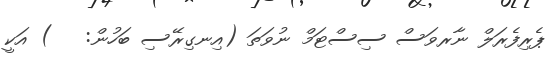
ޕެރިފެރަލް ނާރވަސް ސިސްޓަމް ނުވަތަ (އިނގިރޭސި ބަހުން:   ) އަކީ